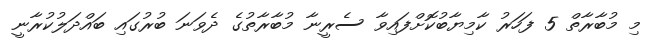
މި މުބާރާތް 5 ފަހަރު ކާމިޔާބުކޮށްފައިވާ ސެރީނާ މުބާރާތުގެ ދެވަނަ ބުރުގައި ބައްދަލުކުރާނީ